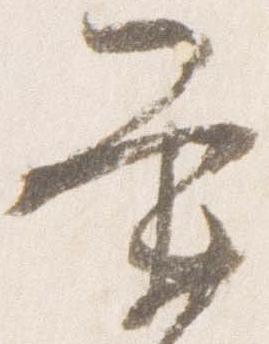
条